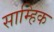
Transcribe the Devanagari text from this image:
साम्हिक